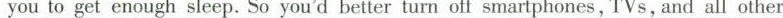
you to get enough sleep. So you'd better turn off smarlphones , T'Vs, and all othes